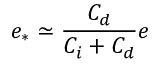
e _ { * } \simeq \frac { C _ { d } } { C _ { i } + C _ { d } } e